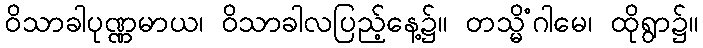
ဝိသာခါပုဏ္ဏမာယ၊ ဝိသာခါလပြည့်နေ့၌။ တသ္မိံဂါမေ၊ ထိုရွာ၌။